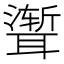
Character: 𫆏